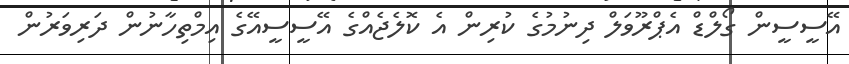
އޭސީސީން ގޯލްޑް އެޕްރޫވަލް ދިނުމުގެ ކުރިން އެ ކޮލެޖެއްގެ އޭސީސީއޭގެ އިމްތިހާނުން ދަރިވަރުން